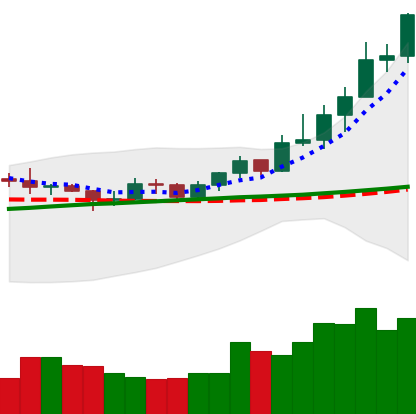
Ticker: XRP-USD
Chart end date: 2020-07-31
Forward return: 17.152%
Label: up_7plus